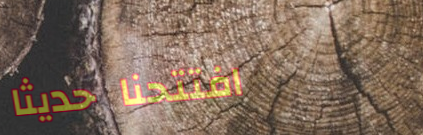
افتتحنا حديثاً